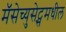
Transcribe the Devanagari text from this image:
मॅसेच्युसेट्समधील